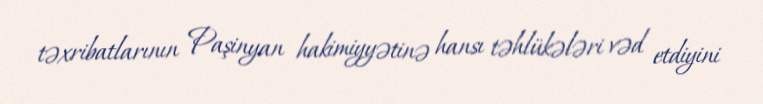
təxribatlarının Paşinyan hakimiyyətinə hansı təhlükələri vəd etdiyini